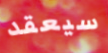
سيعقد